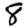
Digit: 8